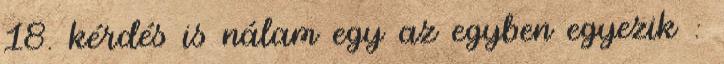
18. kérdés is nálam egy az egyben egyezik :